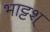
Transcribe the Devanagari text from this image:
भाट्टश्